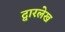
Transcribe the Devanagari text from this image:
द्वारलेख